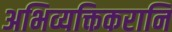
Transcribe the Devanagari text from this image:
अभिव्यक्तिकरानि